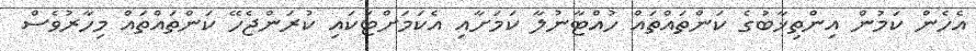
އެހެން ކަމުން އިންތިޚާބުގެ ކަންތައްތައް ހުއްޓާނުލާ ކަމަށާއި އެކަމަށްޓަކައި ކުރަންޖެހޭ ކަންތައްތައް މިހާރުވެސް